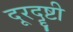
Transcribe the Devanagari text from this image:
दूरदॄष्टी